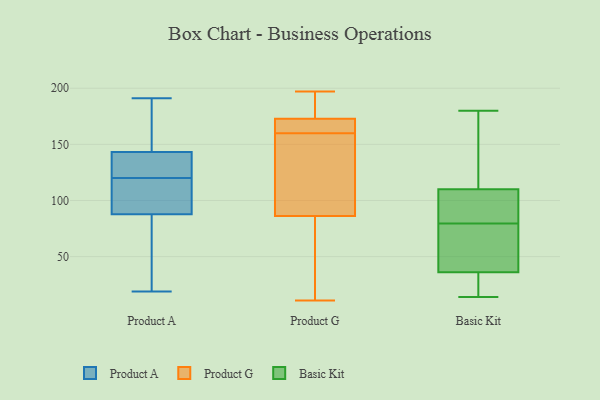
{"axis": {"x": "Market Share (%)", "y": "Value"}, "legend": ["Basic Kit", "Product A", "Product G"], "data": [{"x": "", "y": 156, "type": "Product A"}, {"x": "", "y": 191, "type": "Product A"}, {"x": "", "y": 130, "type": "Product A"}, {"x": "", "y": 138, "type": "Product A"}, {"x": "", "y": 101, "type": "Product A"}, {"x": "", "y": 139, "type": "Product A"}, {"x": "", "y": 21, "type": "Product A"}, {"x": "", "y": 172, "type": "Product A"}, {"x": "", "y": 132, "type": "Product A"}, {"x": "", "y": 117, "type": "Product A"}, {"x": "", "y": 102, "type": "Product A"}, {"x": "", "y": 48, "type": "Product A"}, {"x": "", "y": 29, "type": "Product A"}, {"x": "", "y": 102, "type": "Product A"}, {"x": "", "y": 120, "type": "Product A"}, {"x": "", "y": 19, "type": "Product A"}, {"x": "", "y": 181, "type": "Product A"}, {"x": "", "y": 197, "type": "Product G"}, {"x": "", "y": 162, "type": "Product G"}, {"x": "", "y": 26, "type": "Product G"}, {"x": "", "y": 118, "type": "Product G"}, {"x": "", "y": 175, "type": "Product G"}, {"x": "", "y": 197, "type": "Product G"}, {"x": "", "y": 105, "type": "Product G"}, {"x": "", "y": 160, "type": "Product G"}, {"x": "", "y": 131, "type": "Product G"}, {"x": "", "y": 11, "type": "Product G"}, {"x": "", "y": 166, "type": "Product G"}, {"x": "", "y": 189, "type": "Product G"}, {"x": "", "y": 21, "type": "Product G"}, {"x": "", "y": 165, "type": "Product G"}, {"x": "", "y": 80, "type": "Product G"}, {"x": "", "y": 39, "type": "Basic Kit"}, {"x": "", "y": 34, "type": "Basic Kit"}, {"x": "", "y": 138, "type": "Basic Kit"}, {"x": "", "y": 180, "type": "Basic Kit"}, {"x": "", "y": 119, "type": "Basic Kit"}, {"x": "", "y": 99, "type": "Basic Kit"}, {"x": "", "y": 14, "type": "Basic Kit"}, {"x": "", "y": 36, "type": "Basic Kit"}, {"x": "", "y": 102, "type": "Basic Kit"}, {"x": "", "y": 27, "type": "Basic Kit"}, {"x": "", "y": 49, "type": "Basic Kit"}, {"x": "", "y": 70, "type": "Basic Kit"}, {"x": "", "y": 138, "type": "Basic Kit"}, {"x": "", "y": 108, "type": "Basic Kit"}, {"x": "", "y": 30, "type": "Basic Kit"}, {"x": "", "y": 110, "type": "Basic Kit"}, {"x": "", "y": 89, "type": "Basic Kit"}, {"x": "", "y": 59, "type": "Basic Kit"}]}